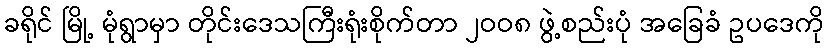
ခရိုင် မြို့ မုံရွာမှာ တိုင်းဒေသကြီးရုံးစိုက်တာ ၂ဝဝ၈ ဖွဲ့စည်းပုံ အခြေခံ ဥပဒေကို